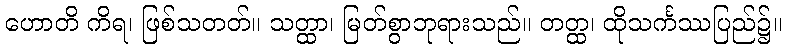
ဟောတိ ကိရ၊ ဖြစ်သတတ်။ သတ္ထာ၊ မြတ်စွာဘုရားသည်။ တတ္ထ၊ ထိုသင်္ကဿပြည်၌။